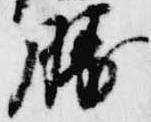
勝